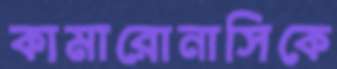
কামারোনাসিকে